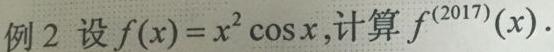
例 2 设 $f(x)=x^{2}\cos x$,计算 $f^{(2017)}(x)$.